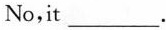
No,it___.